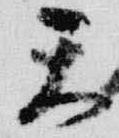
天